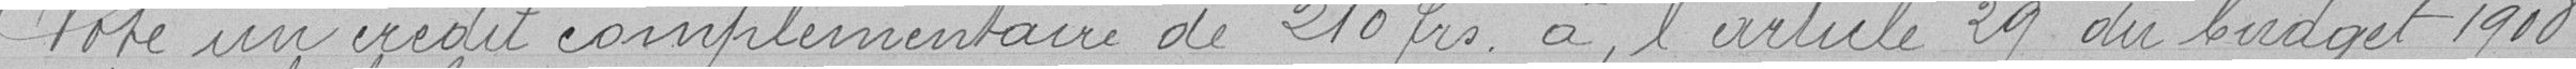
Vote un crédit complémentaire de 210 francs à l'article 29 du budget 1908.